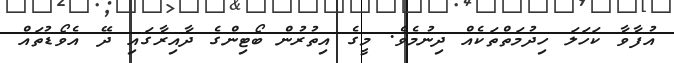
އުފާވާ ކަހަލަ ހިދުމަތްތަކެއް ދިނުމެވެ. މީގެ އިތުރުން ބޯޓިންގެ ދާއިރާގައި ދޭ އެވޯޑުތައް